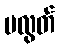
မလွတ်